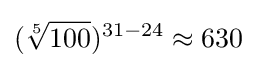
({\sqrt[{5}]{100}})^{31-24}\approx 630